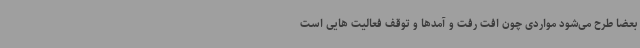
بعضا طرح می‌شود مواردی چون افت رفت و آمدها و توقف فعالیت هایی است